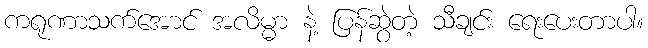
ကရုဏာသက်အောင် အလိမ္မာ နဲ့ ပြန်ဆွဲတဲ့ သီချင်း ရေးပေးတာပါ။